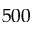
5 0 0